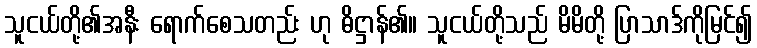
သူငယ်တို့၏အနီး ရောက်စေသတည်း ဟု ဓိဋ္ဌာန်၏။ သူငယ်တို့သည် မိမိတို့ ပြာသာဒ်ကိုမြင်၍